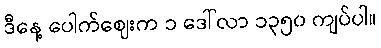
ဒီနေ့ ပေါက်ဈေးက ၁ ဒေါ်လာ ၁၃၅၀ ကျပ်ပါ။